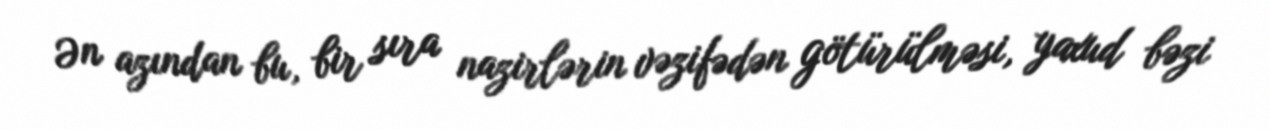
Ən azından bu, bir sıra nazirlərin vəzifədən götürülməsi, yaxud bəzi